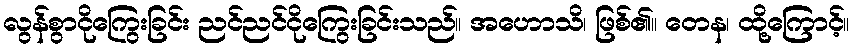
လွန်စွာငိုကြွေးခြင်း ညင်ညင်ငိုကြွေးခြင်းသည်။ အဟောသိ၊ ဖြစ်၏။ တေန၊ ထို့ကြောင့်။